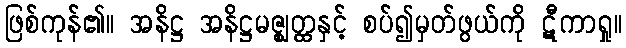
ဖြစ်ကုန်၏။ အနိဋ္ဌ အနိဋ္ဌမဇ္ဈတ္ထနှင့် စပ်၍မှတ်ဖွယ်ကို ဋီကာရှု။